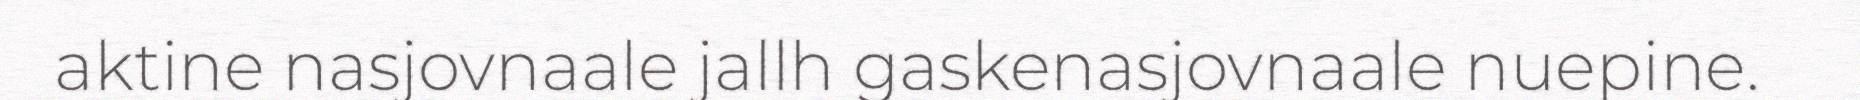
aktine nasjovnaale jallh gaskenasjovnaale nuepine.